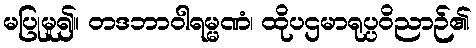
မပြုမူ၍။ တဒဘာဝါရမ္မဏံ၊ ထိုပဌမာရုပ္ပဝိညာဉ်၏